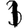
Digit: 1